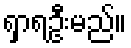
ရှာရဦးမည်။